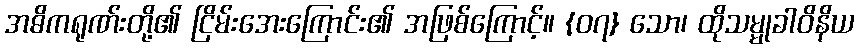
အဓိကရုဏ်းတို့၏ ငြိမ်းအေးကြောင်း၏ အဖြစ်ကြောင့်။ {၀၇} သော၊ ထိုသမ္မုခါဝိနိယ